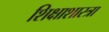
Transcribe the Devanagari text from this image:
शिक्षाशास्त्रा